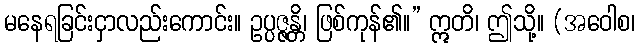
မနေရခြင်းငှာလည်းကောင်း။ ဥပ္ပဇ္ဇန္တိ၊ ဖြစ်ကုန်၏။” ဣတိ၊ ဤသို့။ (အဝေါစ၊